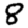
Digit: 8